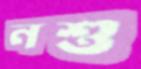
নশু